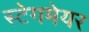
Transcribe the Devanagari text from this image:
स्टेगमेयर